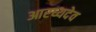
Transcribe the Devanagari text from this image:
आरध्यदेव